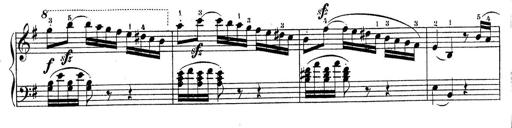
Title: Piano Sonatine No.2
Composer: Peter Piel
Key: G major